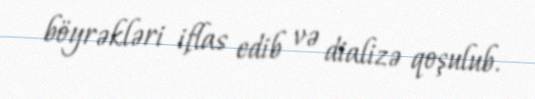
böyrəkləri iflas edib və dializə qoşulub.